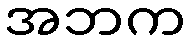
အဘက